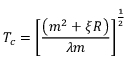
T _ { c } = \left[ \frac { \left( m ^ { 2 } + \xi R \right) } { \lambda m } \right] ^ { \frac 1 2 }